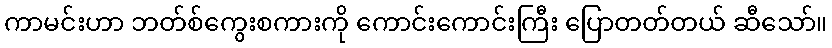
ကာမင်းဟာ ဘတ်စ်ကွေးစကားကို ကောင်းကောင်းကြီး ပြောတတ်တယ် ဆီသော်။